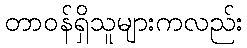
တာဝန်ရှိသူများကလည်း